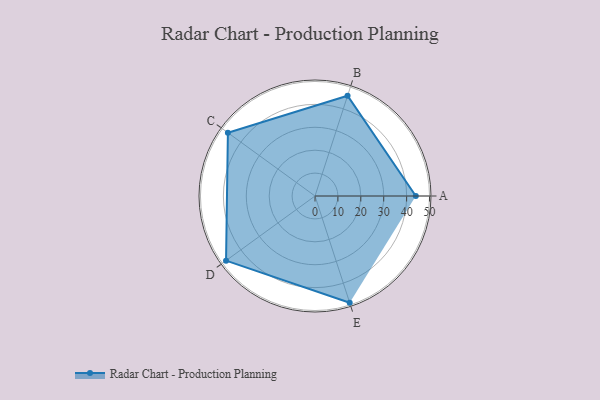
{"axis": {"x": "Skill", "y": "Score"}, "legend": ["Profile"], "data": [{"x": "A", "y": 44.0, "type": "Profile"}, {"x": "B", "y": 46.0, "type": "Profile"}, {"x": "C", "y": 47.0, "type": "Profile"}, {"x": "D", "y": 48.0, "type": "Profile"}, {"x": "E", "y": 49.0, "type": "Profile"}]}